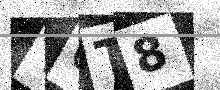
Text: YOT8